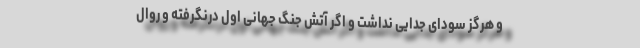
و هرگز سودای جدایی نداشت و اگر آتش جنگ جهانی اول درنگرفته و روال